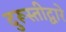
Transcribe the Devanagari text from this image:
दुरूस्तीद्वारे